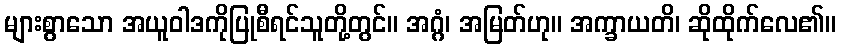
များစွာသော အယူဝါဒကိုပြုစီရင်သူတို့တွင်။ အဂ္ဂံ၊ အမြတ်ဟု။ အက္ခာယတိ၊ ဆိုထိုက်လေ၏။